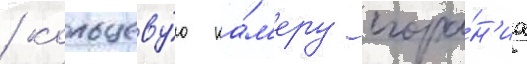
/ кольцеву́ю ка́м'еру сгора́н'иа